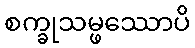
စက္ခုသမ္ဖဿောပိ